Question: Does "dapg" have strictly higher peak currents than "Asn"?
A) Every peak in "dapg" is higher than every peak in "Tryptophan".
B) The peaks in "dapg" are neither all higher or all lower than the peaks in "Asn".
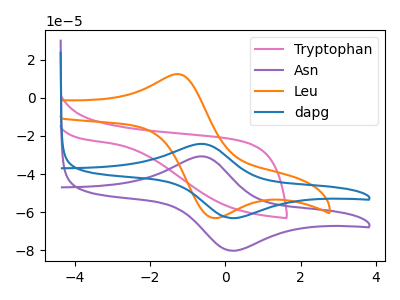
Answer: <think>The pink curve "Tryptophan" has no peaks. The purple curve "Asn" has an anodic peak at (-0.65V, -30.70uA) and a cathodic peak at (0.15V, -80.20uA). The orange curve "Leu" has an anodic peak at (-1.30V, 12.45uA) and a cathodic peak at (-0.30V, -63.10uA). The blue curve "dapg" has an anodic peak at (-0.65V, -24.15uA) and a cathodic peak at (0.15V, -63.10uA).</think>
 <answer>B) The peaks in "dapg" are neither all higher or all lower than the peaks in "Asn".</answer>
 <eval>B</eval>